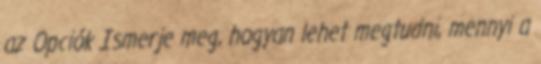
az Opciók Ismerje meg, hogyan lehet megtudni, mennyi a